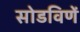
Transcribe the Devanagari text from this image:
सोडविणें